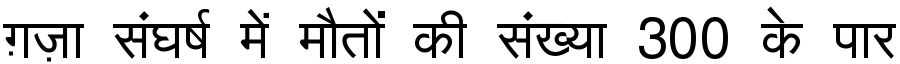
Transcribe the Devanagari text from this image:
ग़ज़ा संघर्ष में मौतों की संख्या 300 के पार